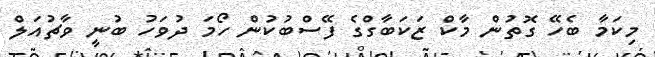
މިކަމާ ބެހޭ ގޮތުން މާކް ޒަކަބާގްގެ ފޭސްބުކުން ހޯމަ ދުވަހު ބުނީ ވާޗުއަލް